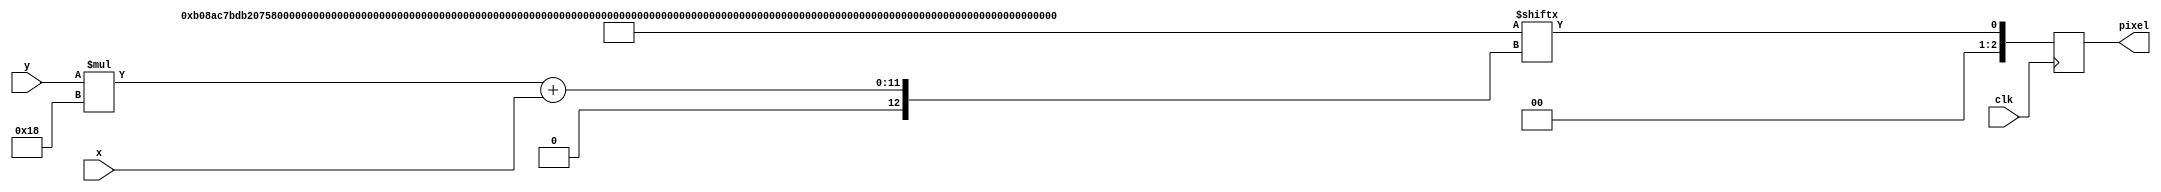
module monster_ROM(
    clk,
    x,
    y,
    pixel
);

input clk;
input [5:0] x, y;

output reg [2:0] pixel;

localparam MONSTER = {
    24'd111111110000000011111111,
    24'd111111000000000000111111,
    24'd111110000000000000011111,
    24'd111002222000000222200111,
    24'd111022222200002222220111,
    24'd110223333220022333322011,
    24'd100223333220022333322001,
    24'd000223333220022333322000,
    24'd000223333220022333322000,
    24'd000022222200002222220000,
    24'd000002222000000222200000,
    24'd000000000000000000000000,
    24'd000000000000000000000000,
    24'd000000000000000000000000,
    24'd000000000000000000000000,
    24'd000000000000000000000000,
    24'd000000000000000000000000,
    24'd000000000000000000000000,
    24'd000000000000000000000000,
    24'd000000000000000000000000,
    24'd000000000000000000000000,
    24'd100000001000000010000001,
    24'd110000011100000111000011,
    24'd111000111110001111100111
};

always @(posedge clk)
begin
    pixel <= MONSTER[y * 24 + x];
end

endmodule